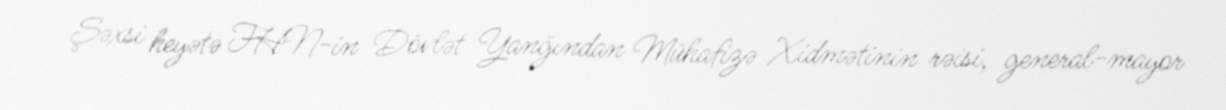
Şəxsi heyətə FHN-in Dövlət Yanğından Mühafizə Xidmətinin rəisi, general-mayor